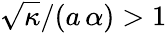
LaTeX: \sqrt{\kappa}/(a\, \alpha)>1